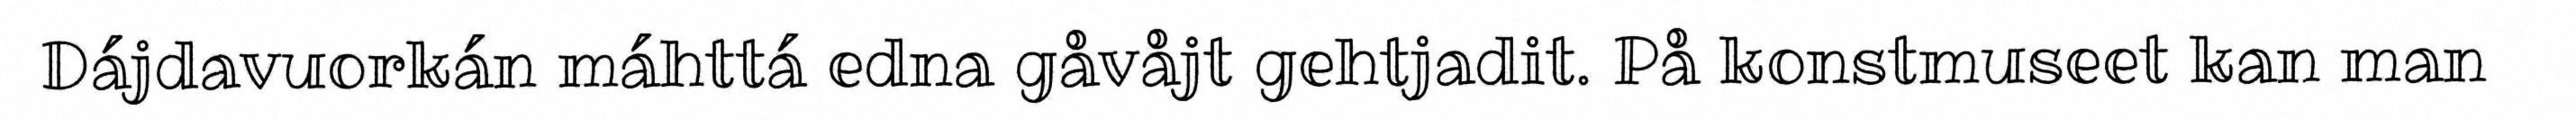
Dájdavuorkán máhttá edna gåvåjt gehtjadit. På konstmuseet kan man